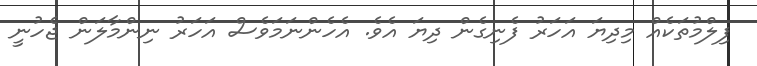
ފިލްމުތަކެއް މިދިޔަ އަހަރު ފެނިގެން ދިޔަ އެވެ. އެހެންނަމަވެސް އަހަރު ނިންމާލަން ޖެހުނީ